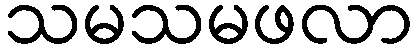
သမသမဖလာ